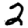
Digit: 2